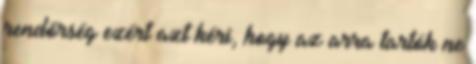
rendőrség ezért azt kéri, hogy az arra tartók ne